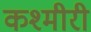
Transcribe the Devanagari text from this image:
कश्‍मीरी